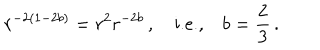
r ^ { - 2 ( 1 - 2 b ) } = r ^ { 2 } r ^ { - 2 b } \, , \quad \mathrm { i . e . , } \quad b = \frac 2 3 \, .